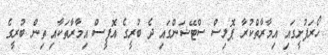
ހޯރަފުށީގައި އިމާރާތްކުރާ ޕޮލިސް ސްޓޭޝަންގައި ދެ ބުރީގެ އޮފީސް އިމާރާތަކާއި ތިން ބުރީގެ